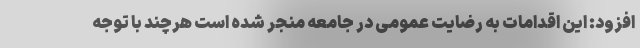
افزود: این اقدامات به رضایت عمومی در جامعه منجر شده است هرچند با توجه